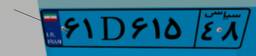
۴۴D۴۸۶۰۲